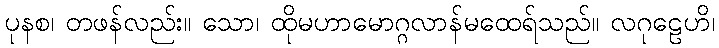
ပုနစ၊ တဖန်လည်း။ သော၊ ထိုမဟာမောဂ္ဂလာန်မထေရ်သည်။ လဂုဠေဟိ၊